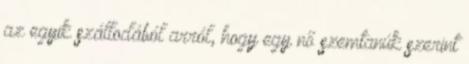
az egyik szállodából arról, hogy egy nő szemtanúk szerint